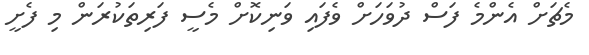
މެޗަށް އެންމެ ފަސް ދުވަހަށް ވެފައި ވަނިކޮށް މެސީ ފަރިތަކުރަން މި ފެށީ